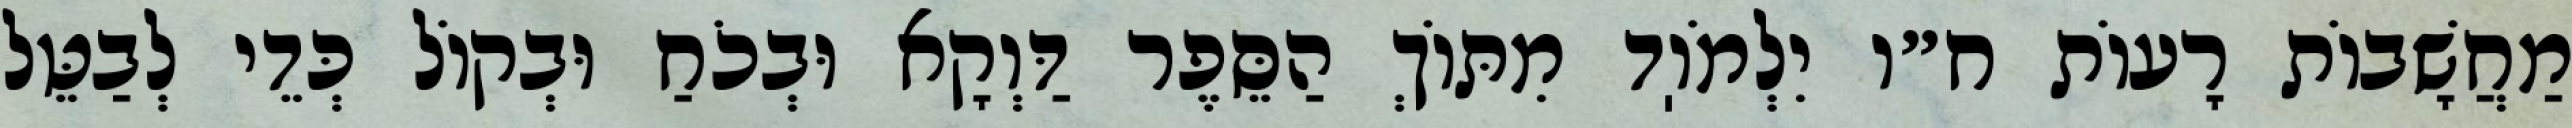
מַחֲשָׁבוֹת רָעוֹת ח״ו יִלְמֹוֽד מִתּוֹךְ הַסֵּפֶר דַּוְקָא וּבְכֹחַ וּבְקוֹל כְּדֵי לְבַטֵּל